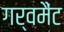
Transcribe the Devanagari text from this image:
गर्वमैंट